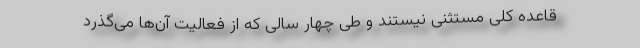
قاعده کلی مستثنی نیستند و طی چهار سالی که از فعالیت آن‌ها می‌گذرد